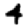
Digit: 4